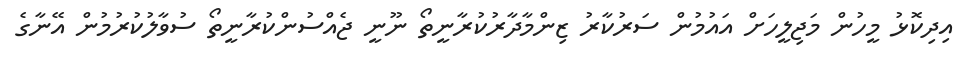
އިދިކޮޅު މީހުން މަޖިލީހަށް އައުމުން ސަރުކާރު ޒިންމާދާރުކުރާނީތޯ ނޫނީ ޖެއްސުންކުރާނީތޯ ސުވާލުކުރުމުން އޭނާގެ